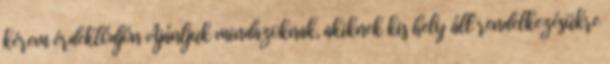
kérem érdeklődjön Ajánljuk mindazoknak, akiknek kis hely áll rendelkezésükre